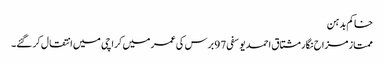
خاکم بدہن
ممتاز مزاح نگار مشتاق احمد یوسفی 97 برس کی عمر میں کراچی میں انتقال کرگئے۔